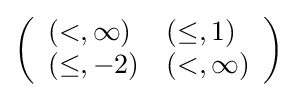
\left({\begin{array}{ll}(<,\infty )&(\leq ,1)\\(\leq ,-2)&(<,\infty )\end{array}}\right)